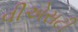
વીએસટી